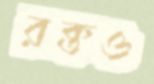
রক্তও